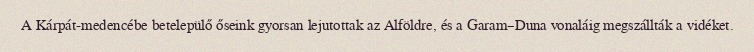
A Kárpát-medencébe betelepülő őseink gyorsan lejutottak az Alföldre, és a Garam–Duna vonaláig megszállták a vidéket.